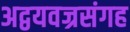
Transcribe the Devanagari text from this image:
अद्वयवज्रसंगह